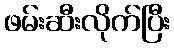
ဖမ်းဆီးလိုက်ပြီး